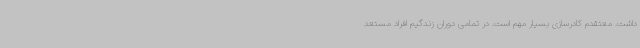
داشت. معتقدم کادرسازی بسیار مهم است. در تمامی دوران زندگیم افراد مستعد